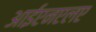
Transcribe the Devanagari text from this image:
आईएनएलए